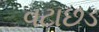
વટાછડ